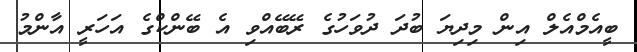
ބީއެމްއެލް އިން މިދިޔަ ބުދަ ދުވަހުގެ ރޭބޭއްވި އެ ބޭންކްގެ އަހަރީ އާންމު